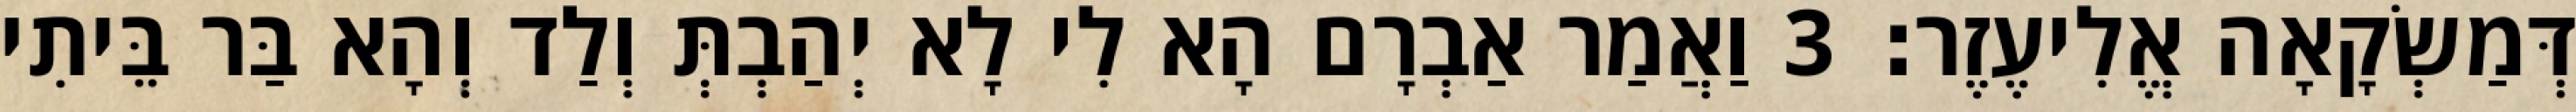
דְּמַשְׂקָאָה אֱלִיעֶזֶר׃ 3 וַאֲמַר אַבְרָם הָא לִי לָא יְהַבְתְּ וְלַד וְהָא בַּר בֵּיתִי